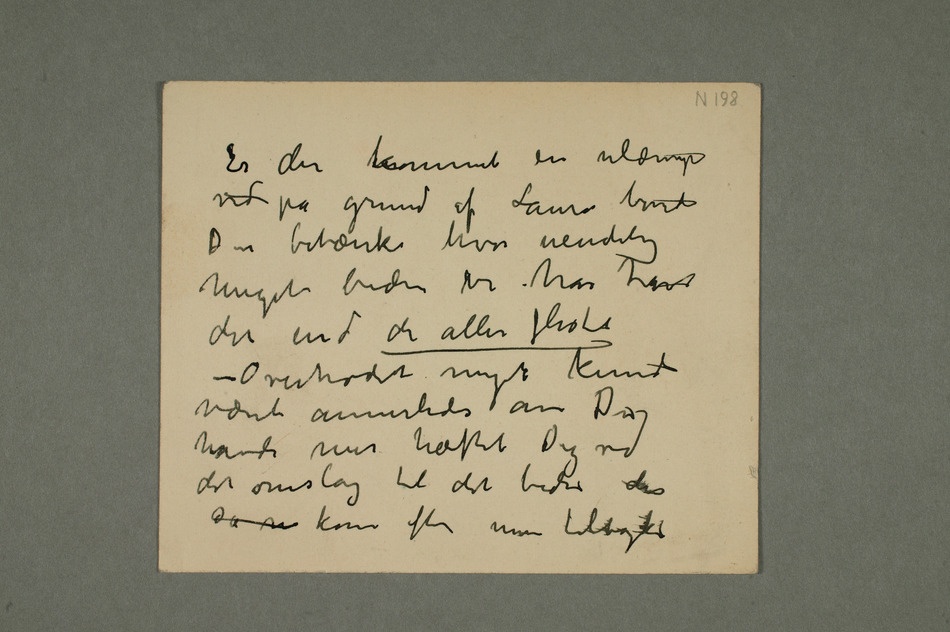
ved på grund af Laura burde
Du betænke hvor uendelig
meget bedre vi har havt
det end de aller fleste
– Overhodet meget kunde
havde mer hæftet Dig ved
det omslag til det bedre der